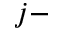
j -